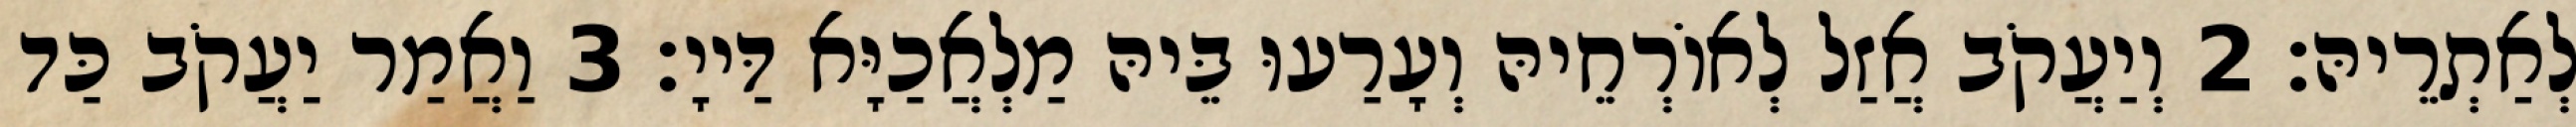
לְאַתְרֵיהּ׃ 2 וְיַעֲקֹב אֲזַל לְאוֹרְחֵיהּ וְעָרַעוּ בֵּיהּ מַלְאֲכַיָּא דַּייָ׃ 3 וַאֲמַר יַעֲקֹב כַּד